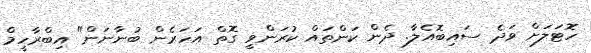
ހޮޓަލަށް ވަދެ ސައިބޮއެލާ. ދެން ކަންތައް ކުރަންވީ ގޮތް އަހަރެން ބުނާނަން" އިބްރާހީމް